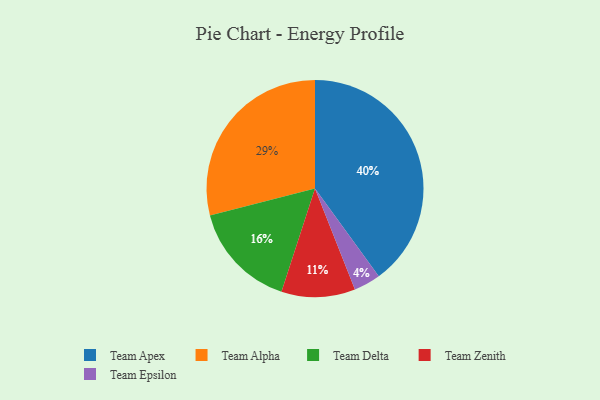
{"axis": {"x": "Category", "y": "Percentage"}, "legend": ["Team Alpha", "Team Apex", "Team Delta", "Team Epsilon", "Team Zenith"], "data": [{"x": "Team Apex", "y": 40, "type": "Team Apex"}, {"x": "Team Zenith", "y": 11, "type": "Team Zenith"}, {"x": "Team Delta", "y": 16, "type": "Team Delta"}, {"x": "Team Epsilon", "y": 4, "type": "Team Epsilon"}, {"x": "Team Alpha", "y": 29, "type": "Team Alpha"}]}